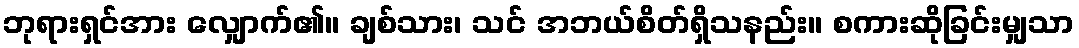
ဘုရားရှင်အား လျှောက်၏။ ချစ်သား၊ သင် အဘယ်စိတ်ရှိသနည်း။ စကားဆိုခြင်းမျှသာ